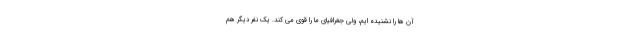
آن ها را نشنیده ایم، ولی جغرافیای ما را قوی می کند. یک نفر دیگر هم